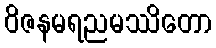
ဝိဇနမရညမဿိတော